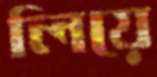
লিয়ে